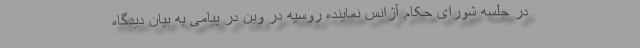
در جلسه شورای حکام آژانس نماینده روسیه در وین در پیامی به بیان دیدگاه